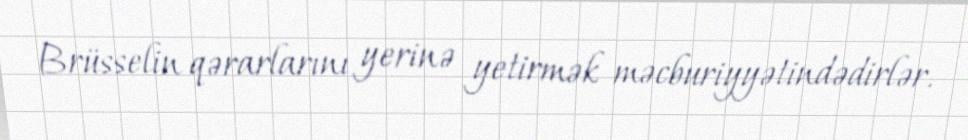
Brüsselin qərarlarını yerinə yetirmək məcburiyyətindədirlər.